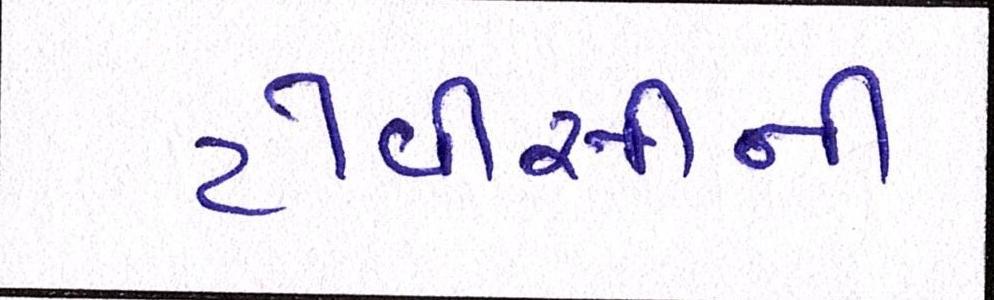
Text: ટીવીસીની